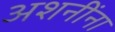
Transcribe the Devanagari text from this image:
अशनींना